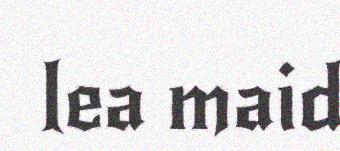
lea maid